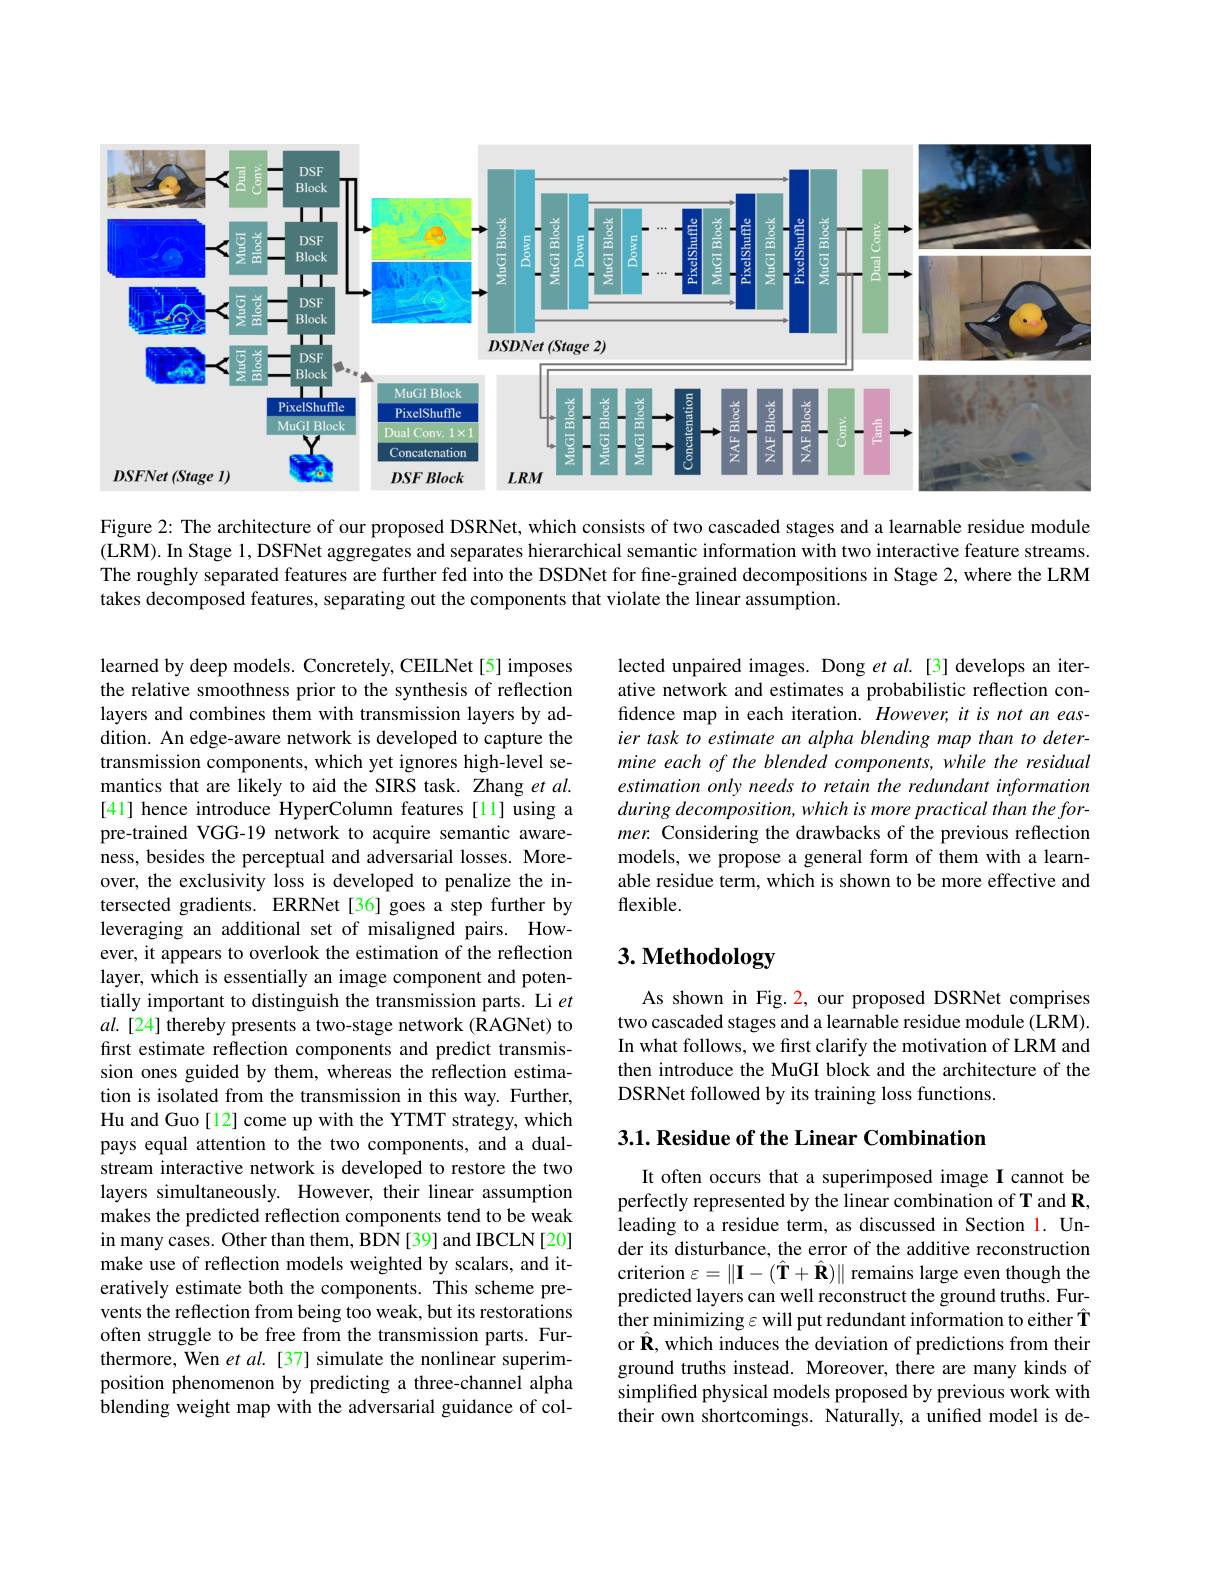
<FigureHere>

Figure 2: The architecture of our proposed DSRNet, which consists of two cascaded stages and a learnable residue module (LRM). In Stage 1, DSFNet aggregates and separates hierarchical semantic information with two interactive feature streams. The roughly separated features are further fed into the DSDNet for fine-grained decompositions in Stage 2, where the LRM takes decomposed features, separating out the components that violate the linear assumption.

lected unpaired images. Dong et al.[3] develops an iterative network and estimates a probabilistic reflection confidence map in each iteration. However, it is not an easier task to estimate an alpha blending map than to determine each of the blended components, while the residual estimation only needs to retain the redundant information during decomposition, which is more practical than the former. Considering the drawbacks of the previous reflection models, we propose a general form of them with a learnable residue term, which is shown to be more effective and flexible.

# 3. Methodology

learned by deep models. Concretely, CEILNet[5] imposes the relative smoothness prior to the synthesis of reflection layers and combines them with transmission layers by addition. An edge-aware network is developed to capture the transmission components, which yet ignores high-level semantics that are likely to aid the SIRS task. Zhang et $al.$ [41] hence introduce HyperColumn features[11] using a pre-trained VGG-19 network to acquire semantic awareness, besides the perceptual and adversarial losses. Moreover, the exclusivity loss is developed to penalize the intersected gradients. ERRNet[36] goes a step further by leveraging an additional set of misaligned pairs. However, it appears to overlook the estimation of the reflection layer, which is essentially an image component and potentially important to distinguish the transmission parts. Li $et$ $al.[24]$ thereby presents a two-stage network (RAGNet) to first estimate reflection components and predict transmission ones guided by them, $\hat{\text{whereas the reflection estima-}}$ tion is isolated from the transmission in this way. Further, Hu and Guo [12] come up with the YTMT strategy, which pays equal attention to the two components, and a dualstream interactive network is developed to restore the two layers simultaneously. However, their linear assumption makes the predicted reflection components tend to be weak in many cases. Other than them, BDN[39] and IBCLN[20] make use of reflection models weighted by scalars, and iteratively estimate both the components. This scheme prevents the reflection from being too weak, but its restorations often struggle to be free from the transmission parts. Furthermore, Wen et al. [37] simulate the nonlinear superimposition phenomenon by predicting a three-channel alpha blending weight map with the adversarial guidance of col-

As shown in Fig. 2, our proposed DSRNet comprises two cascaded stages and a learnable residue module (LRM). In what follows, we first clarify the motivation of LRM and then introduce the MuGI block and the architecture of the DSRNet followed by its training loss functions.

## $3. 1. \textbf{Residue of the Linear Combination}$

It often occurs that a superimposed image I cannot be perfectly represented by the linear combination of T and R, leading to a residue term, as discussed in Section 1. Under its disturbance, the error of the additive reconstruction criterion $\varepsilon=\|\mathbf{I}-(\hat{\mathbf{T}}+\hat{\mathbf{R}})\|$ remains large even though the predicted layers can well reconstruct the ground truths. Further minimizing $\varepsilon$ will put redundant information to either Î or $\hat{\mathbf{R}}$,which induces the deviation of predictions from their ground truths instead. Moreover, there are many kinds of simplified physical models proposed by previous work with their own shortcomings. Naturally, a unified model is de-